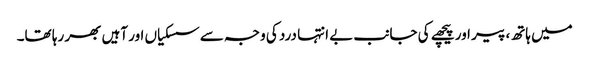
میں ہاتھ، پیر اور پیچھے کی جانب بے انتہا درد کی وجہ سے سسکیاں اور آہیں بھر رہا تھا۔